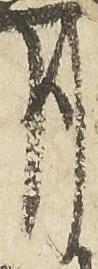
月